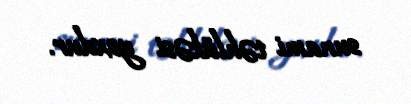
sunami təhlükəsi yoxdur.